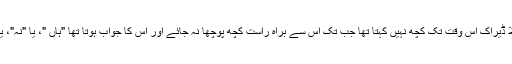
تکلیف دہ حد تک شرمیلا ڈیراک اس وقت تک کچھ نہیں کہتا تھا جب تک اس سے براہ راست کچھ پوچھا نہ جائے اور اس کا جواب ہوتا تھا "ہاں "، یا "نہ"، یا پھر "میں نہیں جانتا "۔